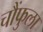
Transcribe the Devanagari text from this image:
चौंफुला